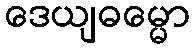
ဒေယျဓမ္မော